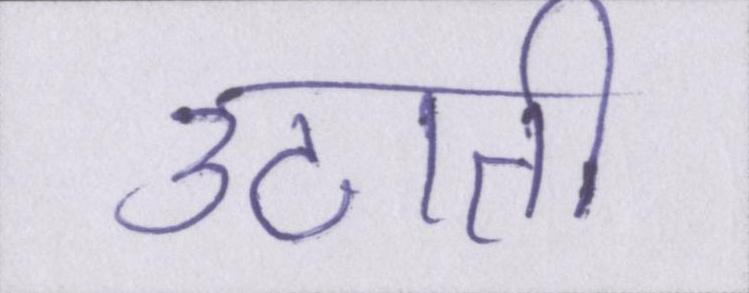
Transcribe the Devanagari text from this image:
उठाती